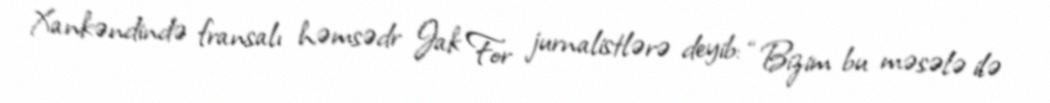
Xankəndində fransalı həmsədr Jak For jurnalistlərə deyib: “Bizim bu məsələ ilə